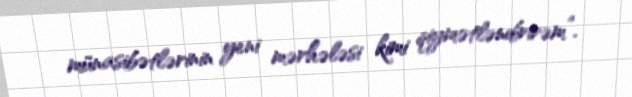
münasibətlərinin yeni mərhələsi kimi qiymətləndirirəm”.